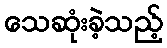
သေဆုံးခဲ့သည့်